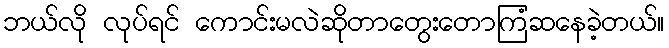
ဘယ်လို လုပ်ရင် ကောင်းမလဲဆိုတာတွေးတောကြံဆနေခဲ့တယ်။